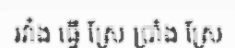
រវាំង ធ្វើ ស្រែ ប្រាំង ស្រែ